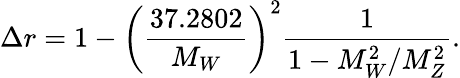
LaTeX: \Delta r=1-\left(\frac{37.2802}{M_{W}}\right)^{2}\frac{1}{1-M_{W}^{2}/M_{Z}^{2}}.